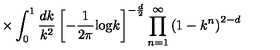
\times \int _ { 0 } ^ { 1 } \frac { d k } { k ^ { 2 } } \left[ - \frac { 1 } { 2 \pi } \mathrm { l o g } k \right] ^ { - \frac { d } { 2 } } \prod _ { n = 1 } ^ { \infty } \left( 1 - k ^ { n } \right) ^ { 2 - d }